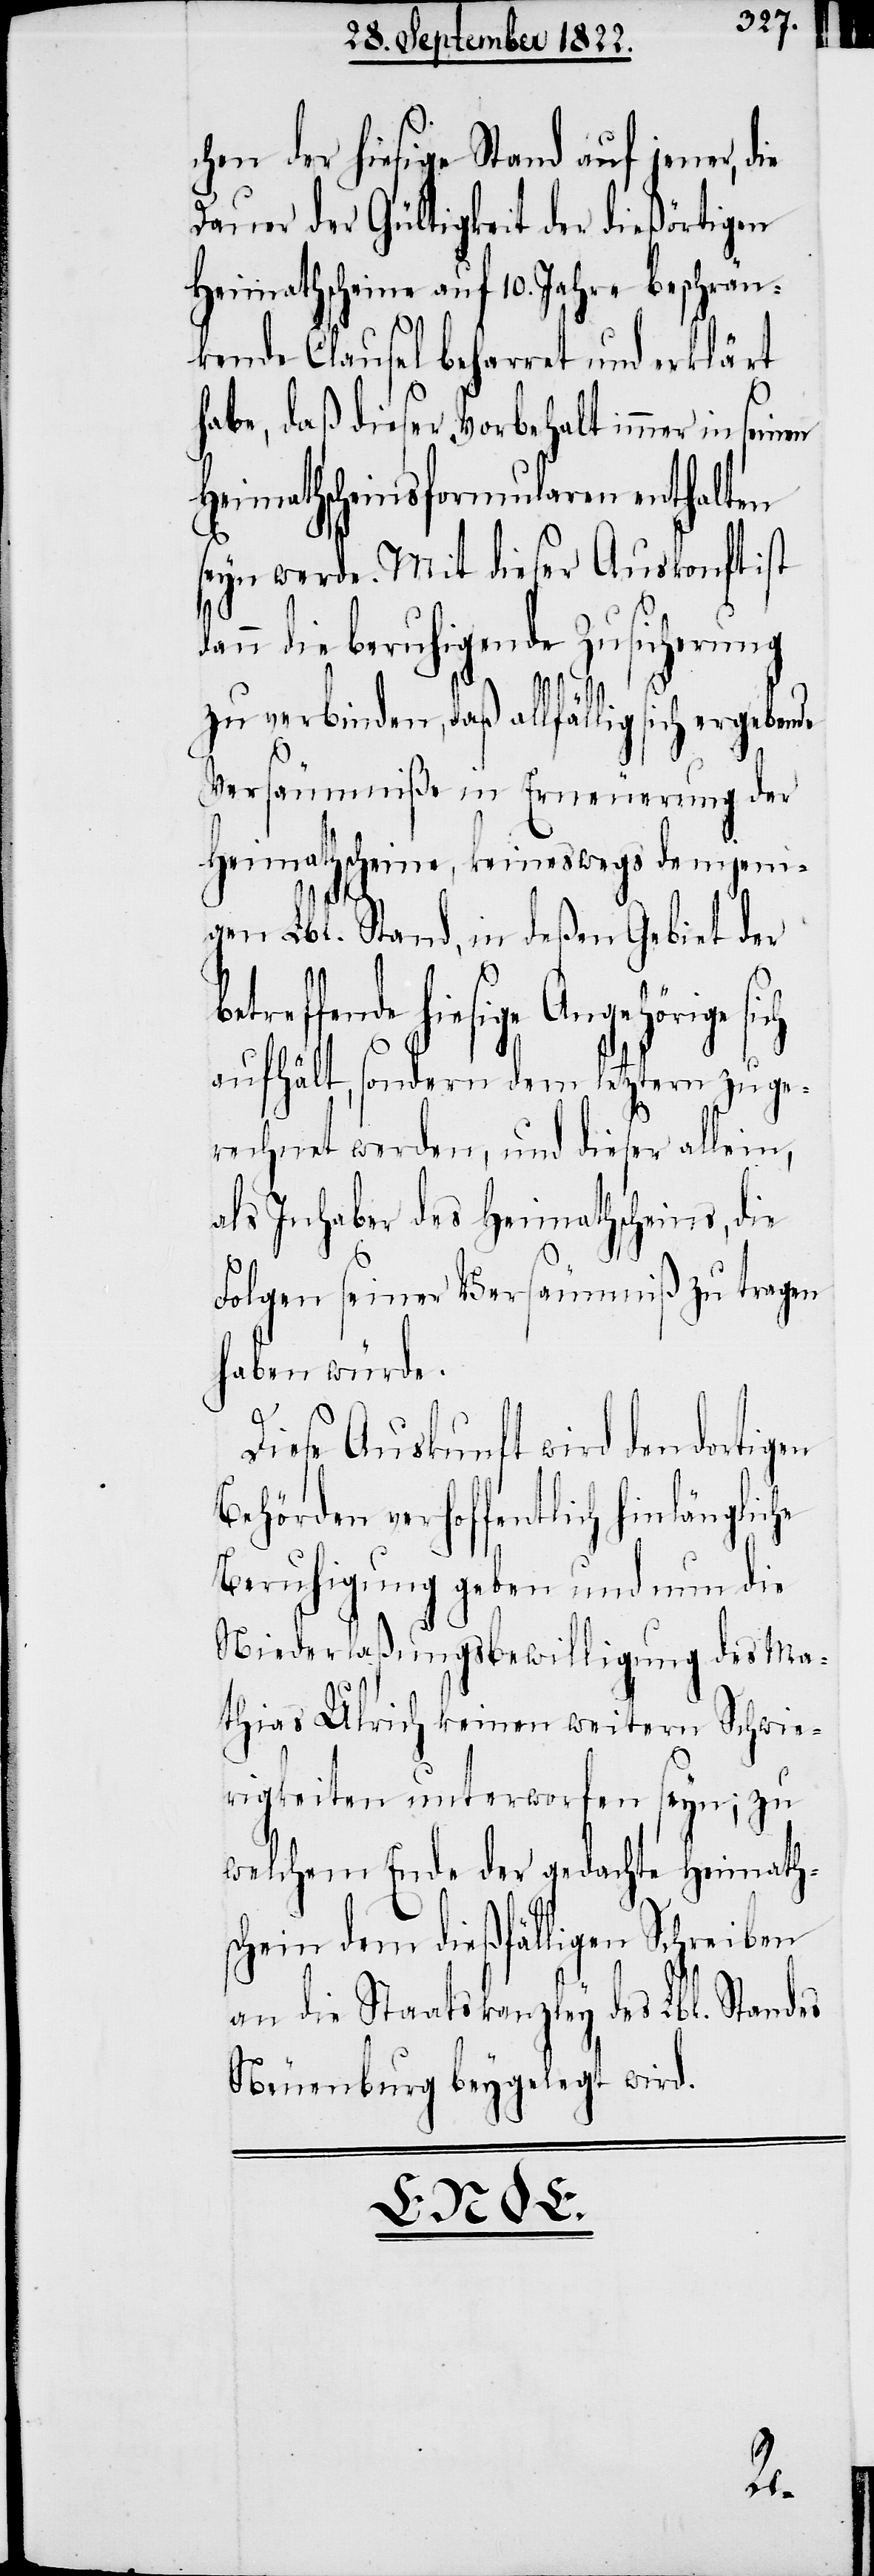
chen der hiesige Stand auf jener, die
Dauer der Gültigkeit der dießörtigen
Heimathscheine auf 10. Jahre beschrän¬
kende Clausel beharret und erklärt
habe, daß dieser Vorbehalt immer in seinen
Heimathsformularen enthalten
seyn werde. Mit dieser Auskonft ist
ann die beruhigende Zusicherung
zu verbinden, daß allfällig sich ergeben¬
Versäumniße in Erneuerung der
Heimathscheine, keineswegs demjeni¬
gen Lbl. Stand, in deßen Gebiet der
Angehörige sich
aufhält, sondern dem letztern zu ge¬
rechnet werden, und dieser allein,
als Inhaber des Heimathscheins, die
Folgen seiner Versäumniße zu tragen
haben würde.
Diese Auskunft wird den dortigen
Behörden verhoffentlich hinlängliche
Beruhigung geben und nun die
Niederlaßungsbewilligung des Ma¬
thias Ulrich keinen weitern Schwie¬
rigkeiten unterworfen seyn; zu
welchem Ende der gedachte Heimaths¬
chein dem dießfälligen Schreiben
an die Staatskanzley des Lbl. Standes
Neuenburg beygelegt wird.
de